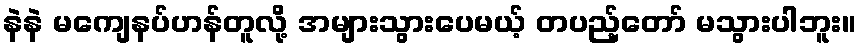
နဲနဲ မကျေနပ်ဟန်တူလို့ အများသွားပေမယ့် တပည့်တော် မသွားပါဘူး။